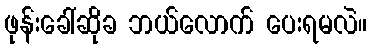
ဖုန်းခေါ်ဆိုခ ဘယ်လောက် ပေးရမလဲ။